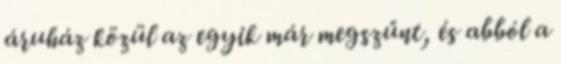
áruház közül az egyik már megszűnt, és abból a